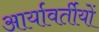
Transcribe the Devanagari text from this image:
आर्यावर्तीयों